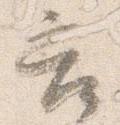
苦